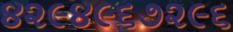
૪૨૯૪૯૬૭૨૯૬